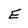
Character: E